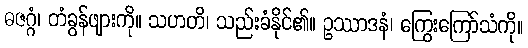
ဓဇဂ္ဂံ၊ တံခွန်ဖျားကို။ သဟတိ၊ သည်းခံနိုင်၏။ ဥဿာဒနံ၊ ကြွေးကြော်သံကို။